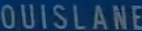
LOUISLANE